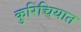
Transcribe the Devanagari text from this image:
कुरिचियात